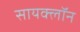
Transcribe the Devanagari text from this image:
सायक्लॉन